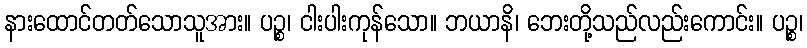
နားထောင်တတ်သောသူအား။ ပဉ္စ၊ ငါးပါးကုန်သော။ ဘယာနိ၊ ဘေးတို့သည်လည်းကောင်း။ ပဉ္စ၊